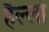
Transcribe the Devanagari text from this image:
हैल्लो